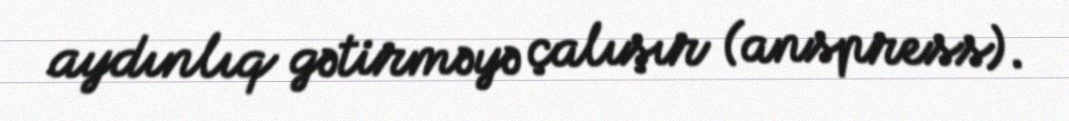
aydınlıq gətirməyə çalışır (anspress).